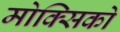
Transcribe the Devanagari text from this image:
मोक्सिको